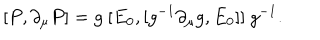
[ P , \partial _ { \mu } P ] = g \ [ E _ { 0 } , [ g ^ { - 1 } \partial _ { \mu } g , E _ { 0 } ] ] \ g ^ { - 1 } .